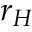
r _ { H }